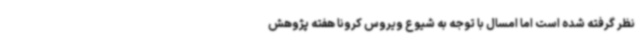
نظر گرفته شده است اما امسال با توجه به شیوع ویروس کرونا هفته پژوهش